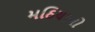
મઠિયાનો